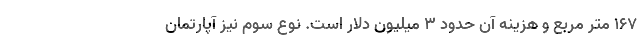
167 متر مربع و هزینه آن حدود 3 میلیون دلار است. نوع سوم نیز آپارتمان